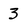
Character: 3